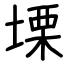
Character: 塛